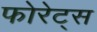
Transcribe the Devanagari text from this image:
फोरेट्स